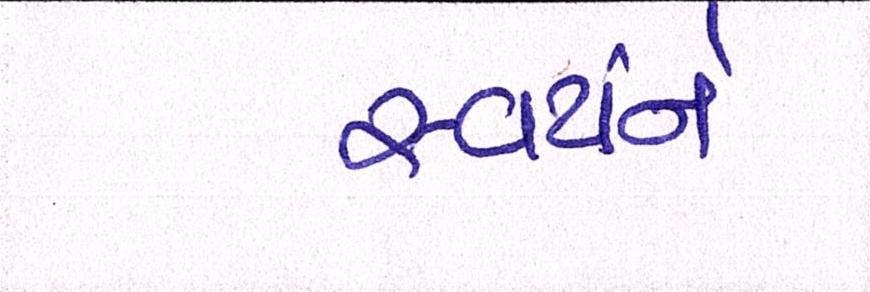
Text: સ્વયંને